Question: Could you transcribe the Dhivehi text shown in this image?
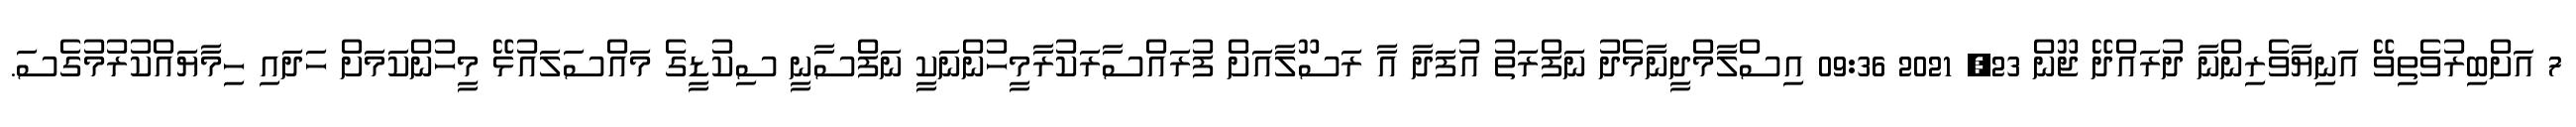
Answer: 7 އަށްބިރުވެތިވޭ އަނިޔާވެރިންނާ ދުރައްދޭ ޖޫން 23, 2021 09:36 އިސްލާމްދީނާމެދު ނަފްރަތު އުފަދާ އާ ރަސޫލާއަށް ފުރައްސާރަކުރާމީހުންނަކީ ނަފްސާނީ ސިކުޑީގެ މައްސަލައުޅޭ މީހުންކަމަށް ހަދައި ހިމާޔައްކުރުމުގެސަ.